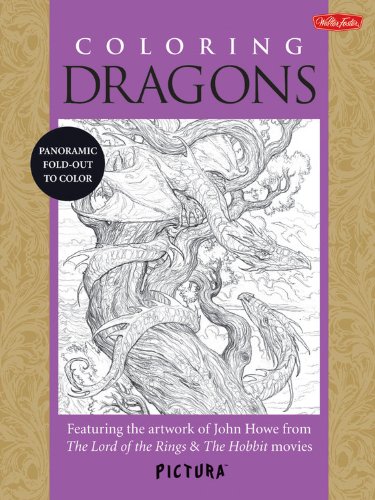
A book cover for Coloring Dragons: Featuring the artwork of John Howe from The Lord of the Rings & The Hobbit movies (PicturaTM); John Howe; Arts & Photography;